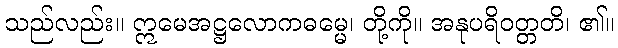
သည်လည်း။ ဣမေအဋ္ဌလောကဓမ္မေ၊ တို့ကို။ အနုပရိဝတ္တတိ၊ ၏။